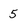
Character: 5